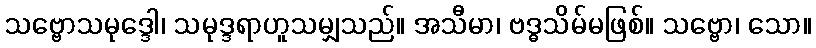
သဗ္ဗောသမုဒ္ဒေါ၊ သမုဒ္ဒရာဟူသမျှသည်။ အသီမာ၊ ဗဒ္ဓသိမ်မဖြစ်။ သဗ္ဗော၊ သော။